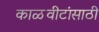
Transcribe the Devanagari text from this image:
काळवीटांसाठी